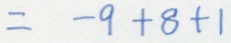
= - 9 + 8 + 1